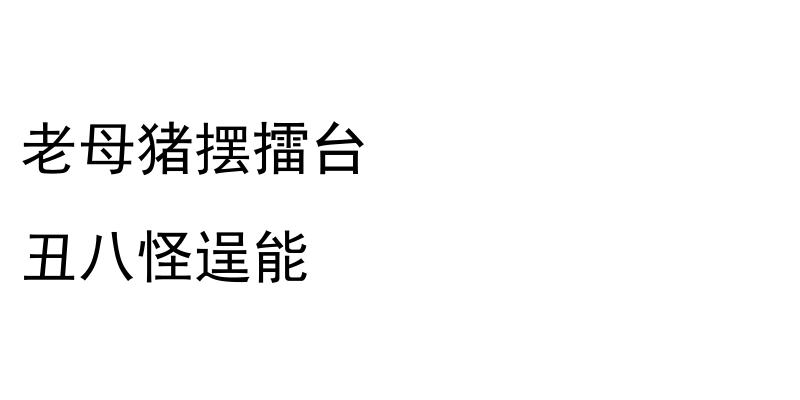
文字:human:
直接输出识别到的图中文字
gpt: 老母猪摆擂台 丑八怪逞能